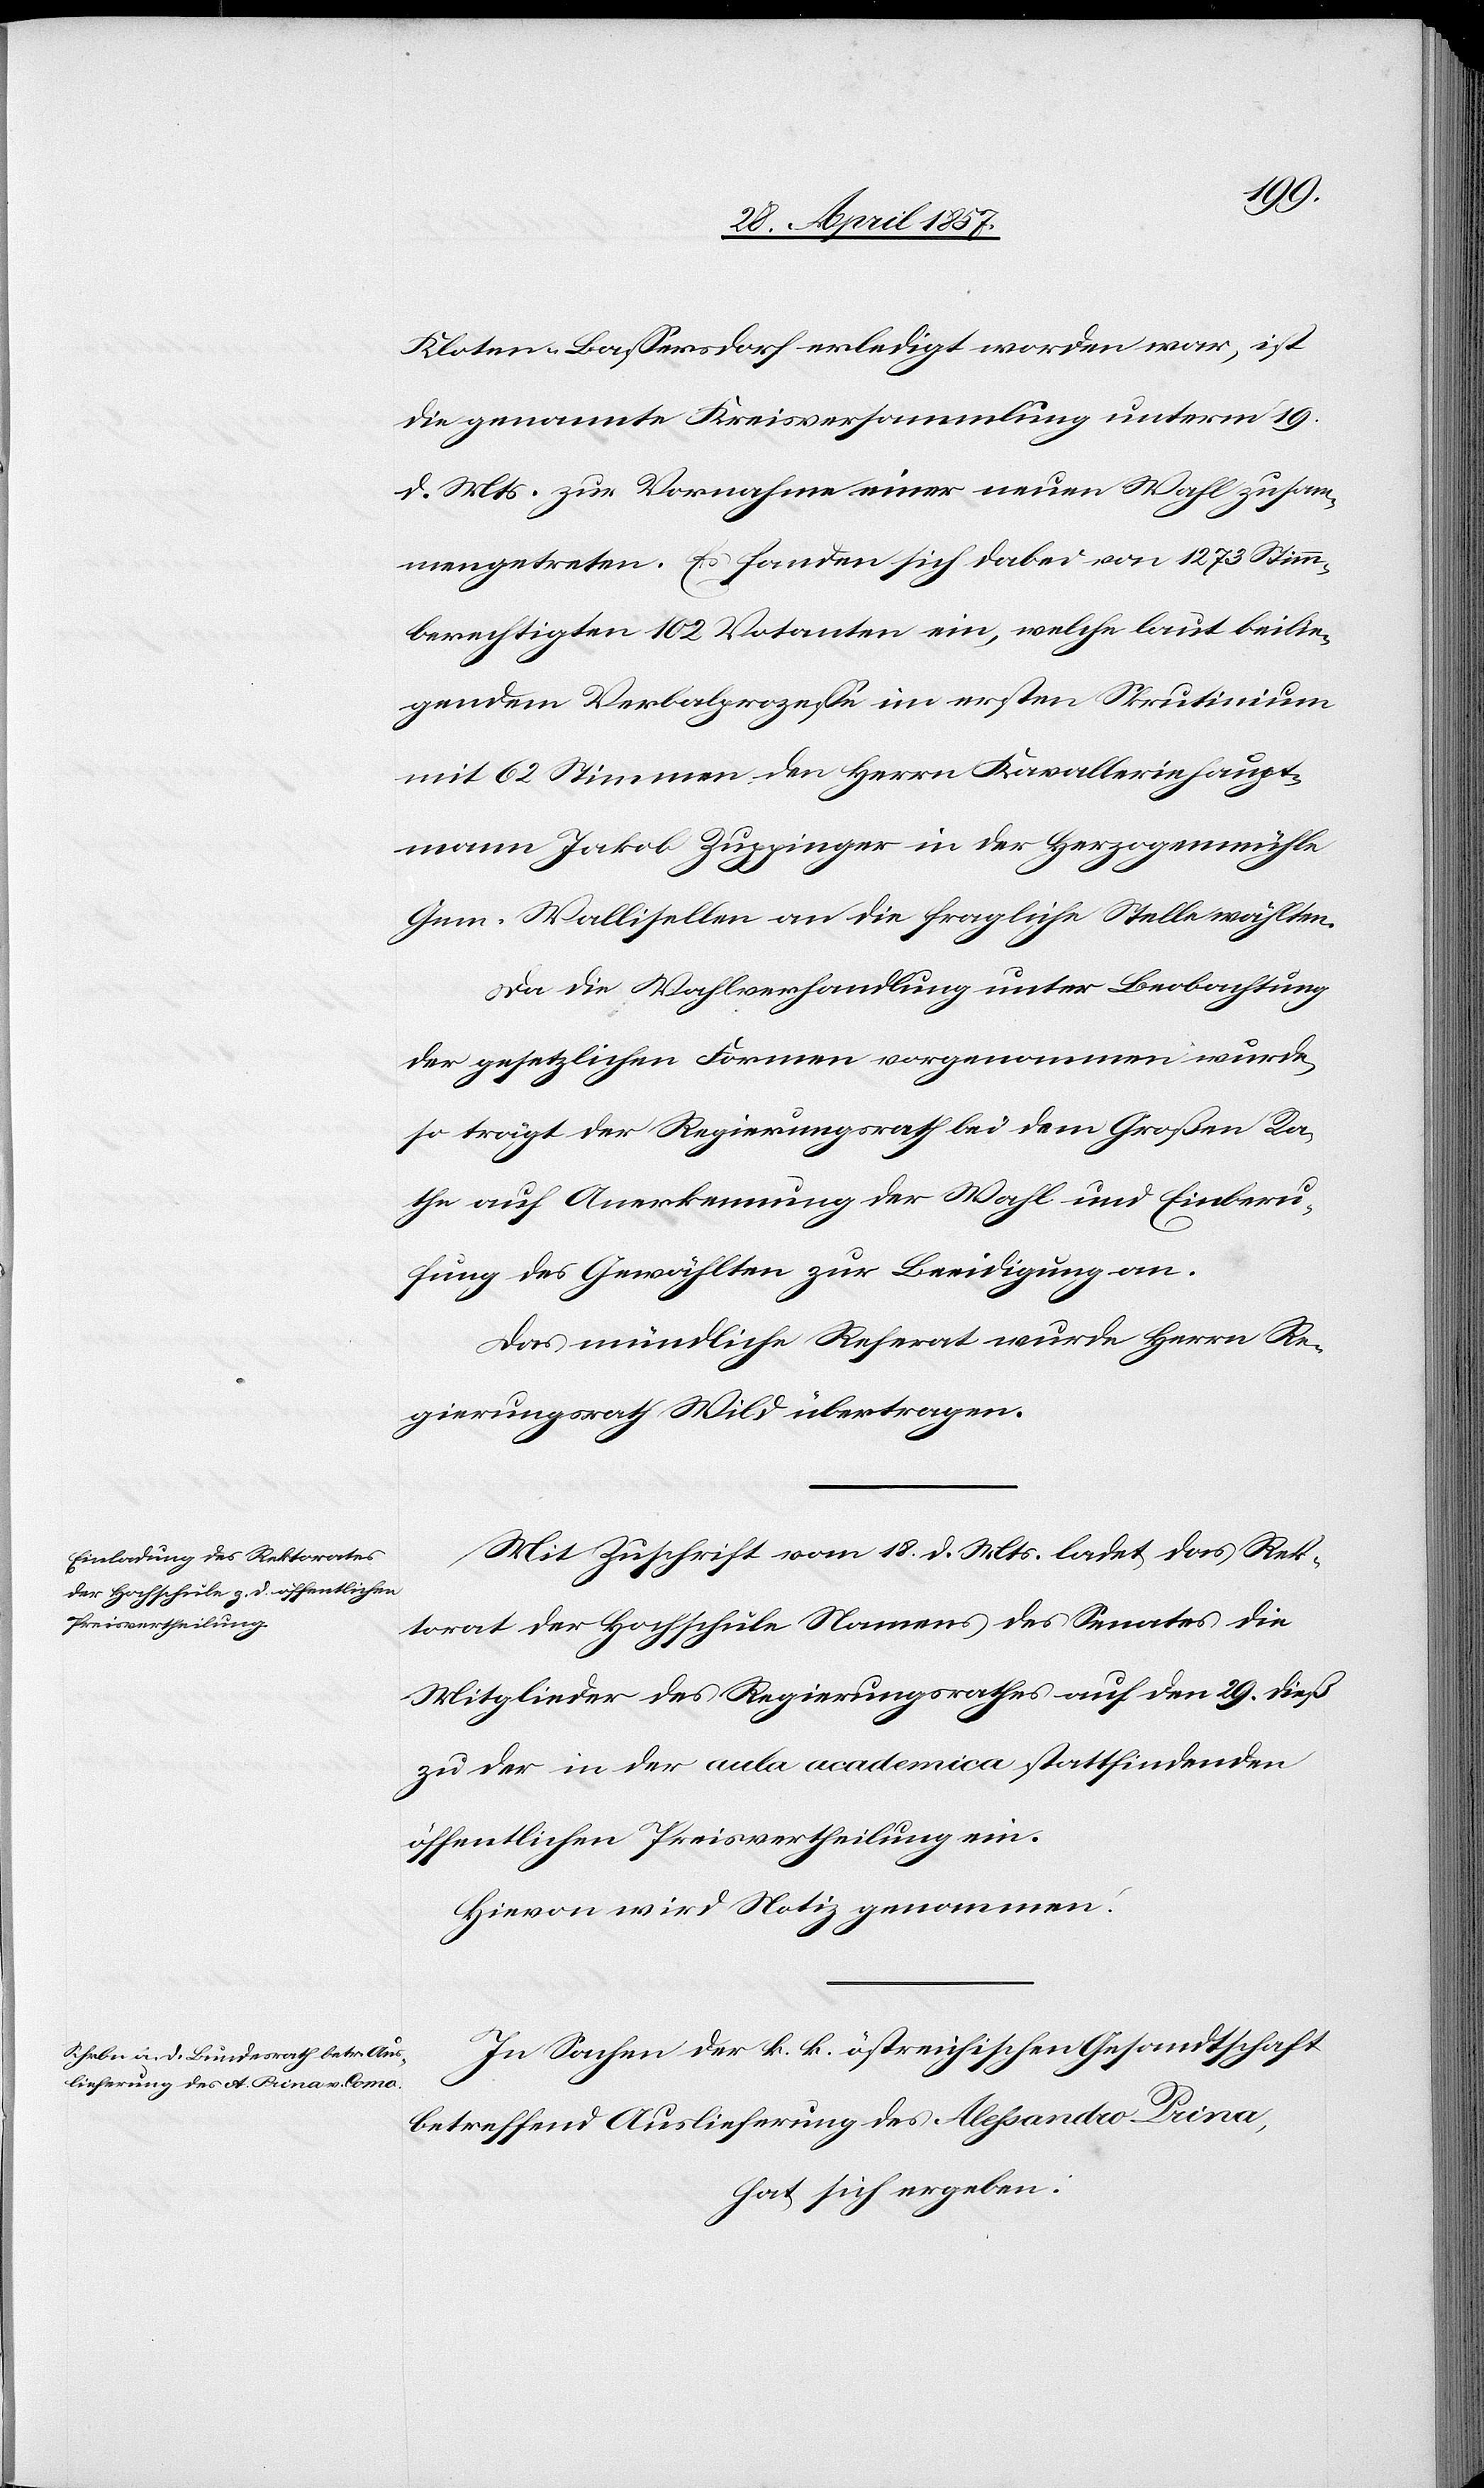
Kloten-Baßersdorf erledigt worden war, ist
die genannte Kreisversammlung unterm 19
d. Mts. zur Vornahme einer neuen Wahl zusam¬
mengetreten. Es fanden sich dabei von 1273 Stimm¬
berechtigten 102 Votanten ein, welche laut beilie¬
gendem Verbalprozeße im ersten Scrutinium
mit 62 Stimmen den Herrn Kavalleriehaupt¬
mann Jakob Zuppinger in der Herzogenmühle
Gem. Wallisellen an die fragliche Stelle wählten.
Da die Wahlverhandlung unter Beobachtung
der gesetzlichen Formen vorgenommen wurde
so trägt der Regierungsrath bei dem Großen Ra¬
the auf Anerkennung der Wahl und Einberu¬
fung des Gewählten zur Beeidigung an.
Das mündliche Referat wurde Herrn Re¬
gierungsrath Wild übertragen.
Mit Zuschrift vom 18 d. Mts. ladet das Rek¬
torat der Hochschule Namens des Senates die
Mitglieder des Regierungsrathes auf den 29 dieß
zu der in der aula academica stattfindenden
öffentlichen Preisvertheilung ein.
Hievon wird Notiz genommen.
In Sachen der k. k. östreichischen Gesandtschaft
betreffend Auslieferung des Alessandro Prina,
hat sich ergeben: